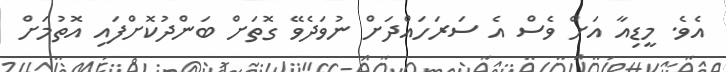
އެވެ. މީޑިއާ އަށް ވެސް އެ ސަރަހައްދަށް ނުވަދެވޭ ގޮތަށް ބަންދުކޮށްފައި އޮތުމަށް